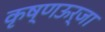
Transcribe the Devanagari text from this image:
कृष्णऊर्जा